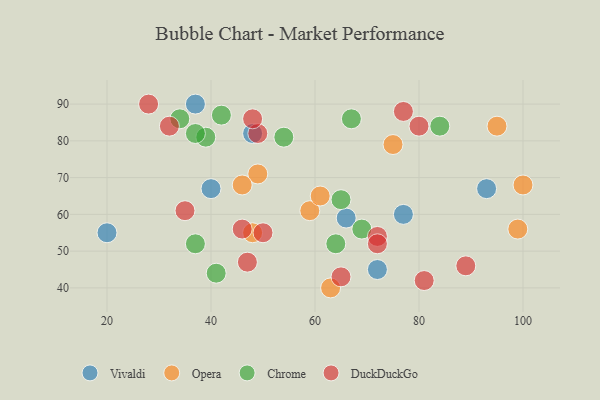
{"axis": {"x": "GDP", "y": "Life Expectancy"}, "legend": ["Chrome", "DuckDuckGo", "Opera", "Vivaldi"], "data": [{"x": "37", "y": 90, "type": "Vivaldi"}, {"x": "72", "y": 45, "type": "Vivaldi"}, {"x": "93", "y": 67, "type": "Vivaldi"}, {"x": "66", "y": 59, "type": "Vivaldi"}, {"x": "77", "y": 60, "type": "Vivaldi"}, {"x": "48", "y": 82, "type": "Vivaldi"}, {"x": "40", "y": 67, "type": "Vivaldi"}, {"x": "20", "y": 55, "type": "Vivaldi"}, {"x": "95", "y": 84, "type": "Opera"}, {"x": "59", "y": 61, "type": "Opera"}, {"x": "49", "y": 71, "type": "Opera"}, {"x": "46", "y": 68, "type": "Opera"}, {"x": "75", "y": 79, "type": "Opera"}, {"x": "63", "y": 40, "type": "Opera"}, {"x": "100", "y": 68, "type": "Opera"}, {"x": "48", "y": 55, "type": "Opera"}, {"x": "99", "y": 56, "type": "Opera"}, {"x": "61", "y": 65, "type": "Opera"}, {"x": "34", "y": 86, "type": "Chrome"}, {"x": "67", "y": 86, "type": "Chrome"}, {"x": "54", "y": 81, "type": "Chrome"}, {"x": "39", "y": 81, "type": "Chrome"}, {"x": "84", "y": 84, "type": "Chrome"}, {"x": "69", "y": 56, "type": "Chrome"}, {"x": "64", "y": 52, "type": "Chrome"}, {"x": "41", "y": 44, "type": "Chrome"}, {"x": "37", "y": 52, "type": "Chrome"}, {"x": "42", "y": 87, "type": "Chrome"}, {"x": "37", "y": 82, "type": "Chrome"}, {"x": "65", "y": 64, "type": "Chrome"}, {"x": "49", "y": 82, "type": "DuckDuckGo"}, {"x": "80", "y": 84, "type": "DuckDuckGo"}, {"x": "50", "y": 55, "type": "DuckDuckGo"}, {"x": "47", "y": 47, "type": "DuckDuckGo"}, {"x": "28", "y": 90, "type": "DuckDuckGo"}, {"x": "89", "y": 46, "type": "DuckDuckGo"}, {"x": "35", "y": 61, "type": "DuckDuckGo"}, {"x": "81", "y": 42, "type": "DuckDuckGo"}, {"x": "32", "y": 84, "type": "DuckDuckGo"}, {"x": "72", "y": 54, "type": "DuckDuckGo"}, {"x": "77", "y": 88, "type": "DuckDuckGo"}, {"x": "65", "y": 43, "type": "DuckDuckGo"}, {"x": "72", "y": 52, "type": "DuckDuckGo"}, {"x": "48", "y": 86, "type": "DuckDuckGo"}, {"x": "46", "y": 56, "type": "DuckDuckGo"}]}